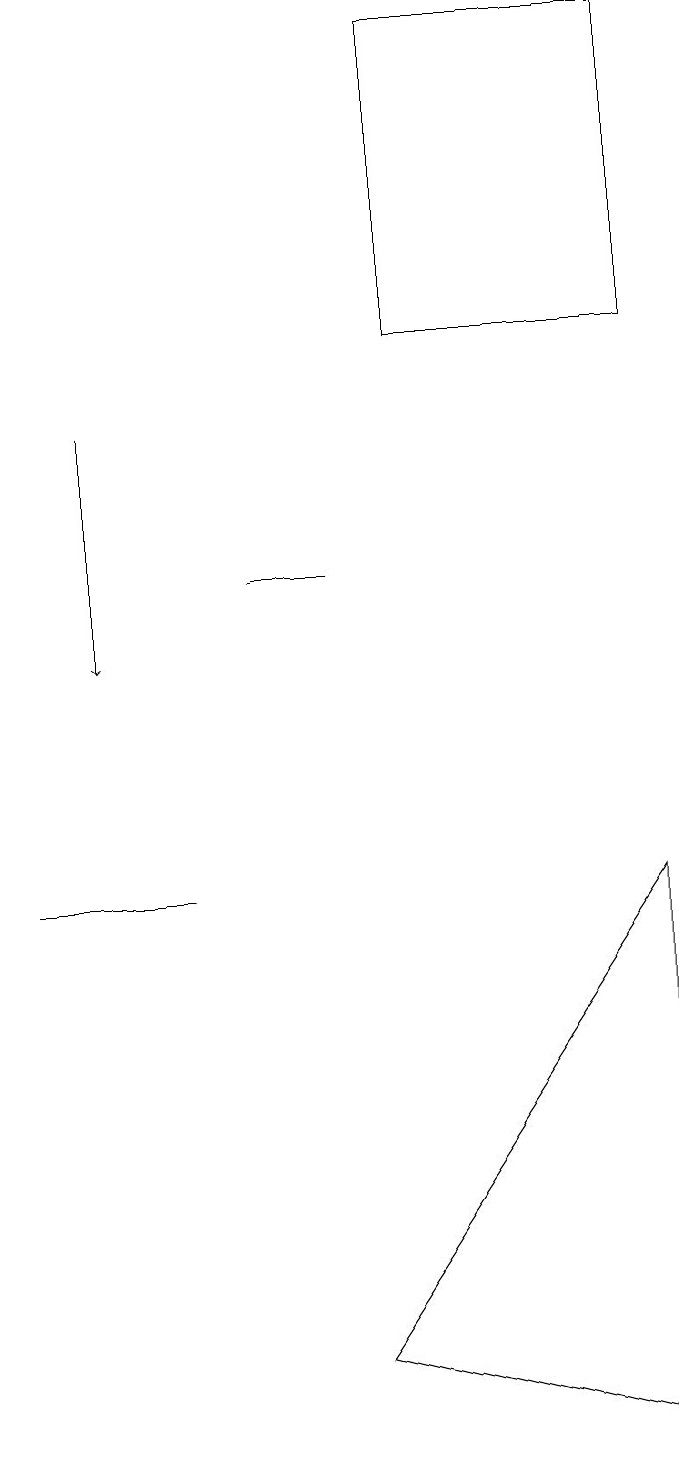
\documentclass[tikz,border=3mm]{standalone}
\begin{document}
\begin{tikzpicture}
\draw (8,19) rectangle (5,15);
\draw[->] (1,14) -- (1,11);
\draw (8,1) -- (4,2) -- (8,8) -- cycle;
\draw (1,8) -- (0,8) -- (2,8) -- cycle;
\draw (3,12) rectangle (4,12);
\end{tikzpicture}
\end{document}